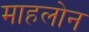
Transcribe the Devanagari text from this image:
माहलोन